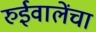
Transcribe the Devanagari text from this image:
रुईवालेंचा